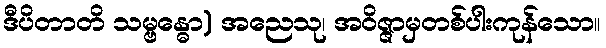
ဒီပိတာတိ သမ္ဗန္ဓော) အညေသု၊ အဝိဇ္ဇာမှတစ်ပါးကုန်သော။